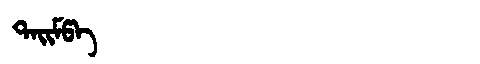
Manchu: ᡨᠠᡳᠮᡦᠠ
Romanization: TAIMPA